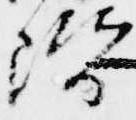
階